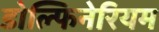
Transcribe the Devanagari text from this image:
डोल्फिनेरियम